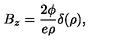
B _ { z } = { \frac { 2 \phi } { e \rho } } \delta ( \rho ) ,